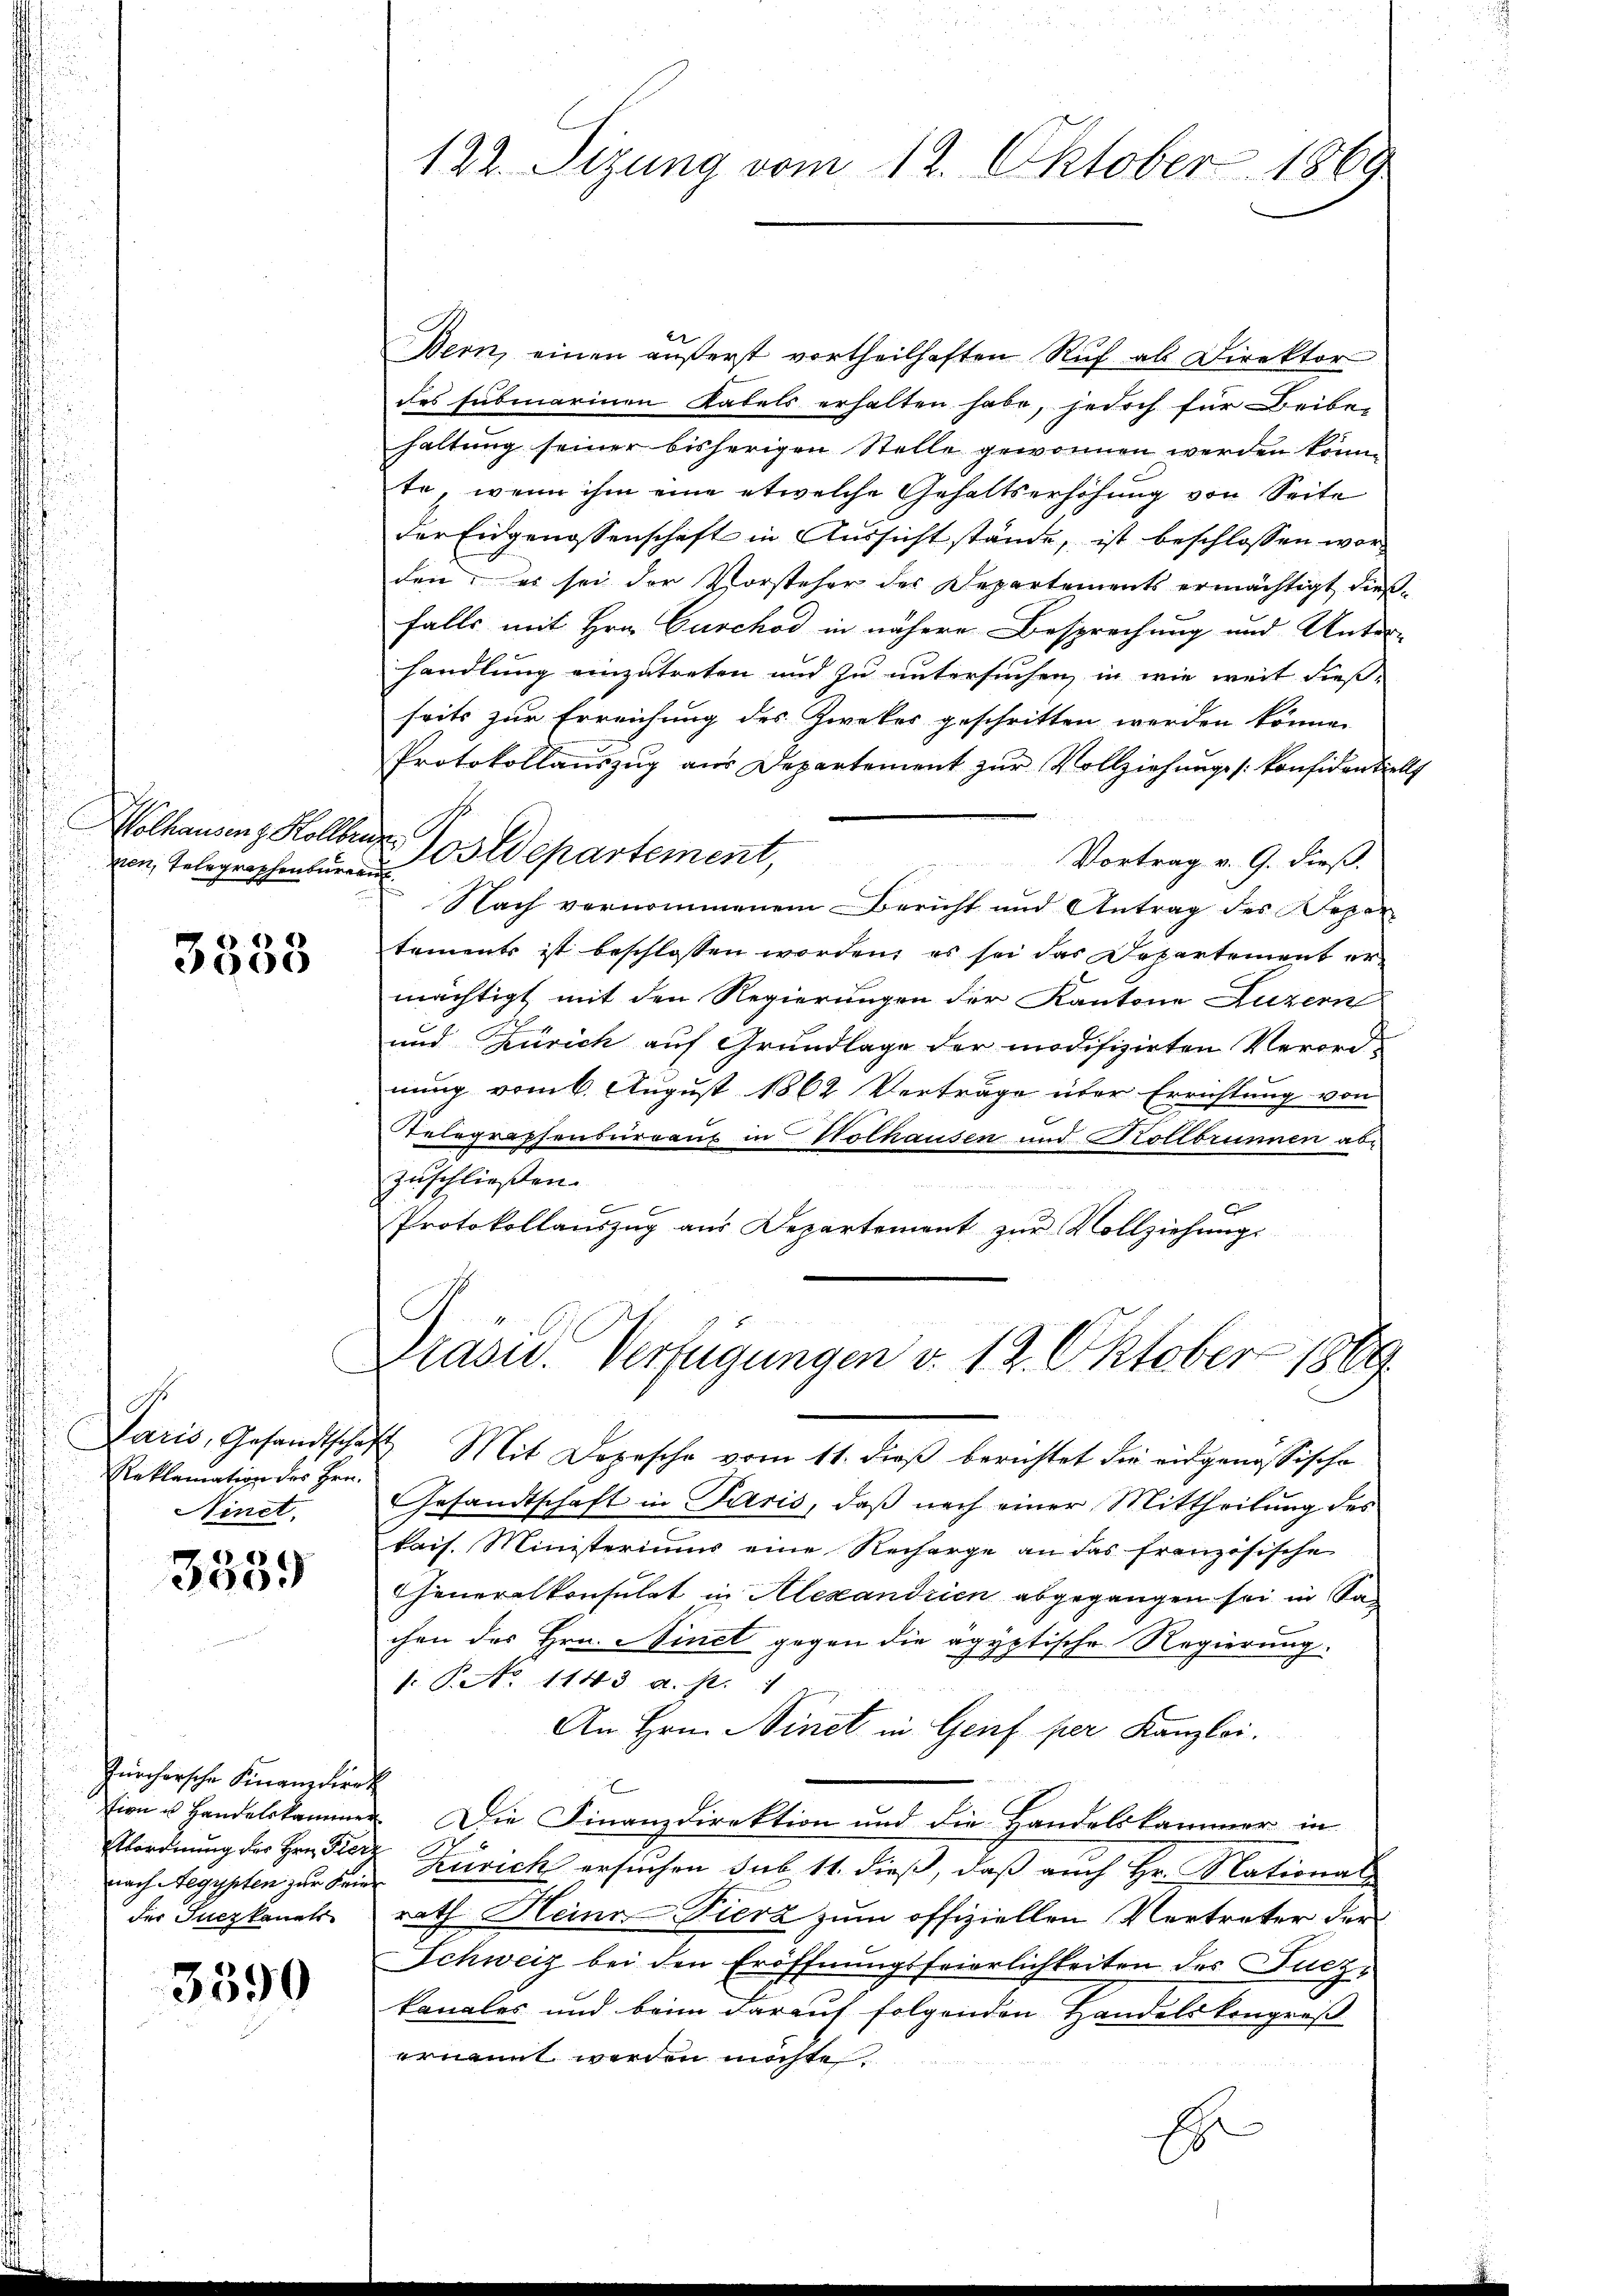
zien, Telegraphenbureau

3333

Paris, Gesandtsche,
Reklamation des Hrn.
Ninet.

3359

Zürchersche Finanzdirek
tien u Handelskammer
Erbordnung der Hrn. Fierz
nach Aegypten zur Seine
der Juczkanats

3390

Bern, einen äußerst vortheilhaften Ruf ab Direktor
des subinarinen Katels erhalten habe, jedoch für Beibe-
haltung seiner bisherigen Stelle gewonnen werden könn
te, wenn ihm eine etwelche Gehaltserhöhung von Seite
der Eidgenossenschaft in Aussicht stände, ist beschlossen worden? es sei der Vorsteher der Departements ermächtigt dießfalls mit Hrn. Curchod in nähere Besprechung und Unter-
handlung einzutreten und zu untersuchen, in wie weit dies-
seits zur Erreichung des Zwecker geschritten werden könne.
Protokollauszug aus Departement zŭr Vollziehungskonfidentiell
Wolhausenz Kollerer Postdepartement,
Vortrag v. G. dieß.
Nach vernommenem Bericht und Antrag des Reper
tements ist beschlossen worden, es sei das Departement er
mächtigt mit den Regierungen der Kantone Luzern
und Zürich auf Grundlage der modifizirten Verordnung vom 6. August 1862 Verträge über Errichtung von
Relegraphenburgaus in Holhausen und Kollbrunnen ab
zuschließen.
d
Protokollauszug aus Departement zur Vollziehung

122. Sizung vom 12. Oktober 1869

Präsid.. Verfügungen v. 12. Oktober 1809.

4 Mit Depesche vom 11. dieß berichtet die eidgenössische
Gesandtschaft in Paris, daß nach einer Mittheilung des
kais. Ministeriums eine Recharge an das französische
Generalkonsulat in Alexandrien abgegangen sei in Sa
chen des Hrn. Minet gegen die agyptische Regierung.
s. Pato 1143 a. p. 1
An Hrn. Ninet in Genf per Kanzlei.
Die Finanzdirektion und die Handelskammer in
x
Zürich ersuchen sub 11. dieß, daß auch Hr. Mational-
rath Heine Vierz zum offiziellen Vertreter der
Schweiz bei den Eröffnungsfeierlichkeiten des Fuczkanales und beim darauf folgenden Handelskongreß
ernannt werden möchte.
r